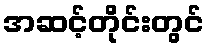
အဆင့်တိုင်းတွင်